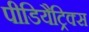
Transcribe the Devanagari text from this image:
पीडियैट्रिक्स